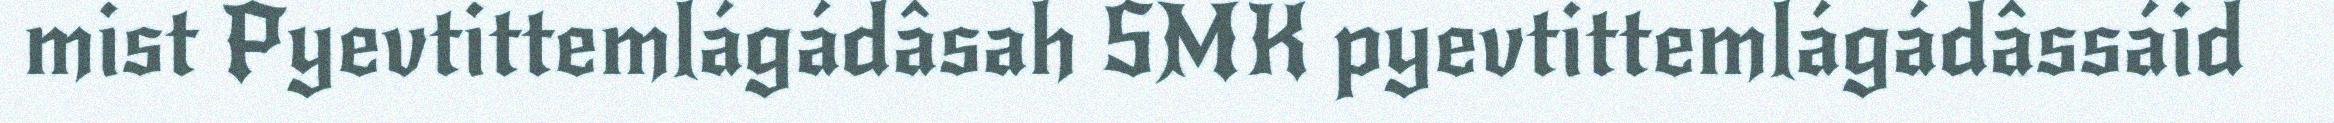
mist Pyevtittemlágádâsah SMK pyevtittemlágádâssáid